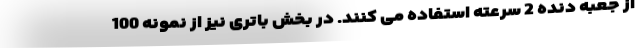
از جعبه دنده 2 سرعته استفاده می کنند. در بخش باتری نیز از نمونه 100